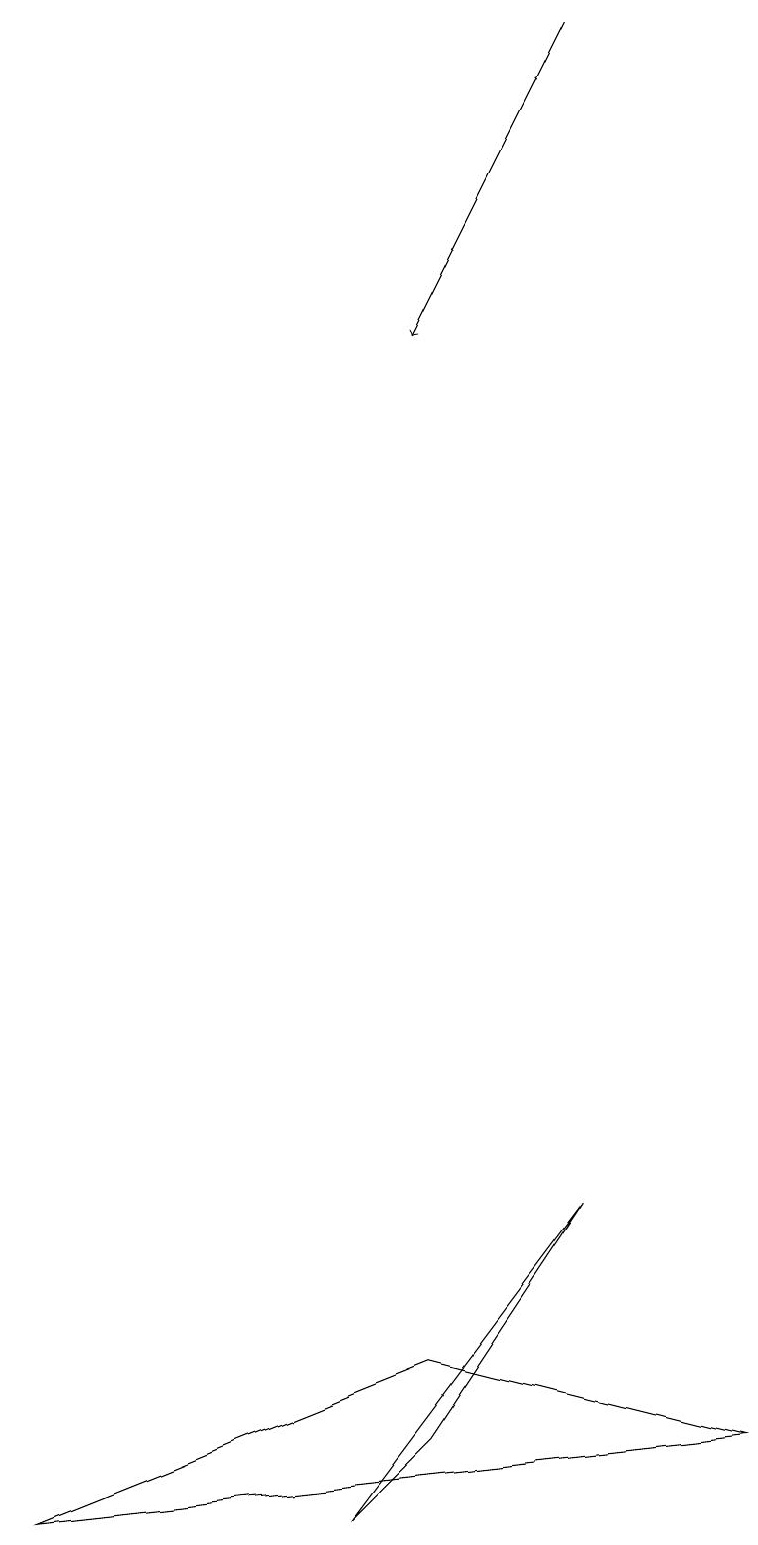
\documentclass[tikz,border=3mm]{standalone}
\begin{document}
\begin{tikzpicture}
\draw (9,1) -- (5,2) -- (0,0) -- cycle;
\draw (0,16) rectangle (0,16);
\draw (5,1) -- (4,0) -- (7,4) -- cycle;
\draw[->] (7,19) -- (5,15);
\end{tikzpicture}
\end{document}